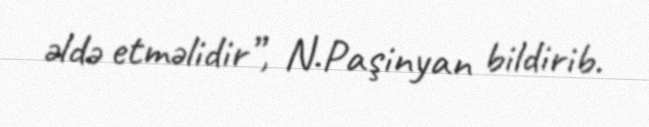
əldə etməlidir”, N.Paşinyan bildirib.